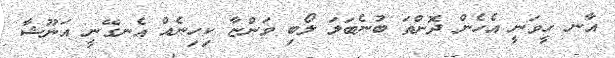
އާނ ހީވަނީ އެހެން ދޮންތަ ބުނެބަލަ ލޯބި ވަންޏާ ކިހިނެއް އެނގޭނީ އަނޫޝާ